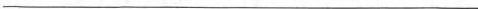
___